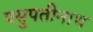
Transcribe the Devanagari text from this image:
पसुपतीनाथ